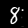
Digit: 8